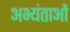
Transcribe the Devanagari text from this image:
अभ्यंताओं